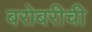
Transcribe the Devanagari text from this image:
बरोबरीची